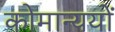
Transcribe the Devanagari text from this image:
कोमान्ययों